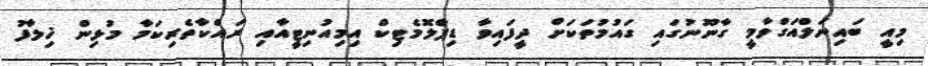
މިއީ ބައިނަލްއަގްވާމީ ގާނޫނުގައި ގައުމުތަކަށް ދީފައިވާ ޑިޕްލޮމެޓިކް އިމިއުނިޓީއާއި ރައްކާތެރިކަމާ މުޅިން ޚިލާފު